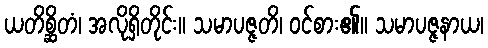
ယတိစ္ဆိတံ၊ အလိုရှိတိုင်း။ သမာပဇ္ဇတိ၊ ဝင်စား၏။ သမာပဇ္ဇနာယ၊